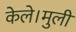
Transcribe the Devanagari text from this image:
केले।मुली